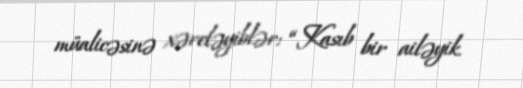
müalicəsinə xərcləyiblər: “Kasıb bir ailəyik.